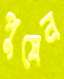
পুষেন